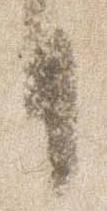
日